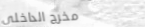
مخرج الداخلي